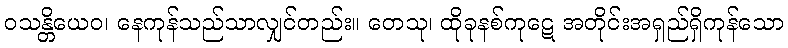
ဝသန္တိယေဝ၊ နေကုန်သည်သာလျှင်တည်း။ တေသု၊ ထိုခုနစ်ကုဋေ အတိုင်းအရှည်ရှိကုန်သော